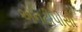
એનટીપીસી